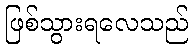
ဖြစ်သွားရလေသည်